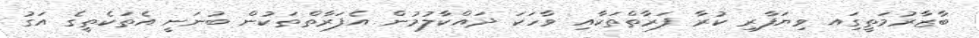
ބާޒާރުމަތީގަިއ ވިޔަފާރި ކުރާ ފަރާތްތަކާއި ވާހަކަ ދައްކާލުމުން އެފަރާތްތަކުން ބުނަނީ އެތަކެތީގެ އަގު